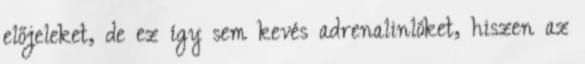
előjeleket, de ez így sem kevés adrenalinlöket, hiszen az